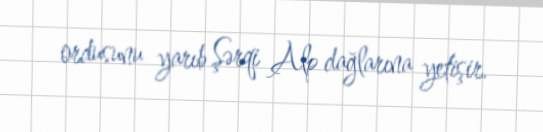
ordusunu yarıb Şərqi Alp dağlarına yetişir.